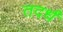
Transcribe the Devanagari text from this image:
तदर्धं